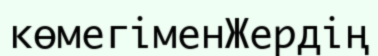
көмегіменЖердің